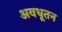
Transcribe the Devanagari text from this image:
अवधूतन